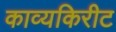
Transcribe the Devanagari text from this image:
काव्यकिरीट